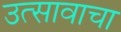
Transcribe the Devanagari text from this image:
उत्सावाचा